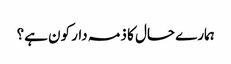
ہمارے حال کا ذمہ دار کون ہے؟